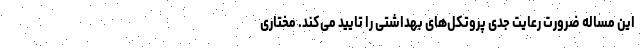
این مساله ضرورت رعایت جدی پروتکل‌های بهداشتی را تایید می‌کند. مختاری